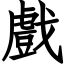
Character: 戲